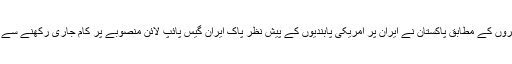
تازہ ترین خبروں کے مطابق پاکستان نے ایران پر امریکی پابندیوں کے پیش نظر پاک ایران گیس پائپ لائن منصوبے پر کام جاری رکھنے سے انکار کردیا۔